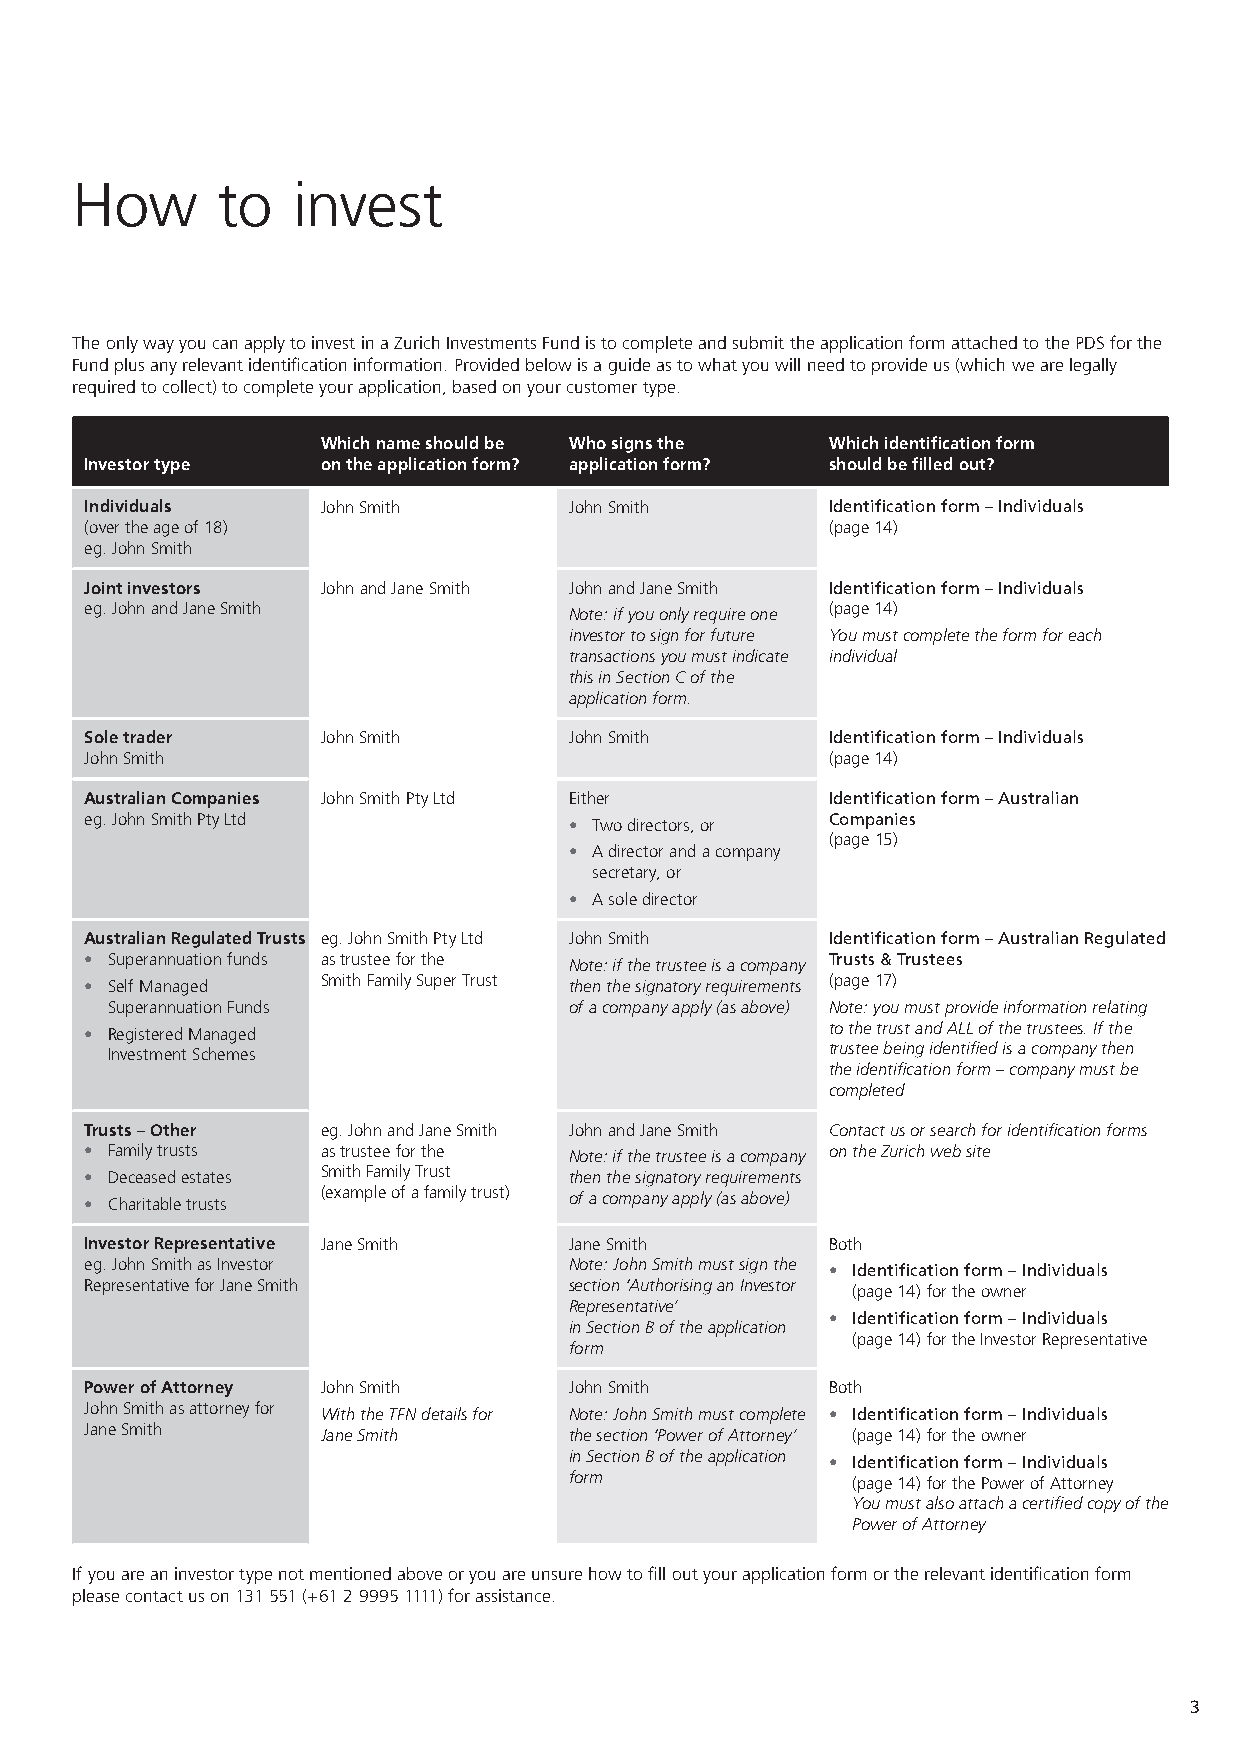
How      to   invest
 The only way you can apply to invest in a Zurich Investments Fund is to complete and submit the application form attached to the PDS for the
 Fund plus any relevant identification information. Provided below is a guide as to what you will need to provide us (which we are legally
 required to collect) to complete your application, based on your customer type.
 Which name should be Who signs the Which identification form
 Investor type  on the application form? application form? should be filled out?
 Individuals    John Smith       John Smith       Identification form – Individuals
 (over the age of 18)                             (page 14)
 eg. John Smith
 Joint investors John and Jane Smith John and Jane Smith Identification form – Individuals
 eg. John and Jane Smith         Note: if you only require one (page 14)
 investor to sign for future You must complete the form for each
 transactions you must indicate individual
 this in Section C of the
 application form.
 Sole trader    John Smith       John Smith       Identification form – Individuals
 John Smith                                       (page 14)
 Australian Companies John Smith Pty Ltd Either   Identification form – Australian
 eg. John Smith Pty Ltd          • Two directors, or Companies
 (page 15)
 • A director and a company
 secretary, or
 • A sole director
 Australian Regulated Trusts eg. John Smith Pty Ltd John Smith Identification form – Australian Regulated
 • Superannuation funds as trustee for the Note: if the trustee is a company Trusts & Trustees
 • Self Managed Smith Family Super Trust then the signatory requirements (page 17)
 Superannuation Funds           of a company apply (as above) Note: you must provide information relating
 • Registered Managed                             to the trust and ALL of the trustees. If the
 Investment Schemes                              trustee being identified is a company then
 the identification form – company must be
 completed
 Trusts – Other eg. John and Jane Smith John and Jane Smith Contact us or search for identification forms
 • Family trusts as trustee for the Note: if the trustee is a company on the Zurich web site
 • Deceased estates Smith Family Trust then the signatory requirements
 • Charitable trusts (example of a family trust) of a company apply (as above)
 Investor Representative Jane Smith Jane Smith    Both
 eg. John Smith as Investor      Note: John Smith must sign the • Identification form – Individuals
 Representative for Jane Smith   section ‘Authorising an Investor (page 14) for the owner
 Representative’
 • Identification form – Individuals
 in Section B of the application
 (page 14) for the Investor Representative
 form
 Power of Attorney John Smith    John Smith       Both
 John Smith as attorney for With the TFN details for Note: John Smith must complete • Identification form – Individuals
 Jane Smith     Jane Smith       the section ‘Power of Attorney’ (page 14) for the owner
 in Section B of the application • Identification form – Individuals
 form              (page 14) for the Power of Attorney
 You must also attach a certified copy of the
 Power of Attorney
 If you are an investor type not mentioned above or you are unsure how to fill out your application form or the relevant identification form
 please contact us on 131 551 (+61 2 9995 1111) for assistance.
 3